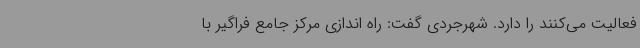
فعالیت می‌کنند را دارد. شهرجردی گفت: راه اندازی مرکز جامع فراگیر با